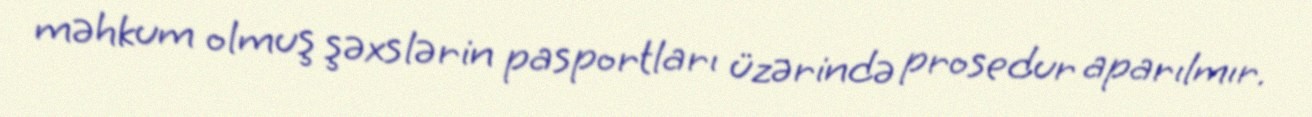
məhkum olmuş şəxslərin pasportları üzərində prosedur aparılmır.